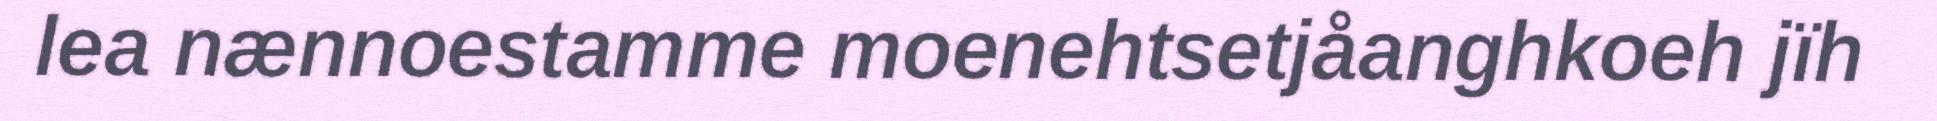
lea nænnoestamme moenehtsetjåanghkoeh jïh